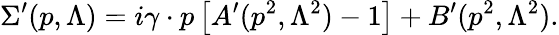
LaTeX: \Sigma^{\prime}(p,\Lambda)=i\gamma\cdot p\left[A^{\prime}(p^{2},\Lambda^{2})-1\right]+B^{\prime}(p^{2},\Lambda^{2}).